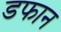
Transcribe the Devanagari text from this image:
डफान